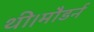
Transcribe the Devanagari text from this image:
थी।मौडर्न